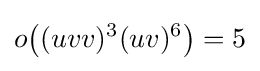
o{\bigl (}(uvv)^{3}(uv)^{6}{\bigr )}=5